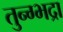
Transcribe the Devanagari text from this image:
तुन्ग्भद्रा